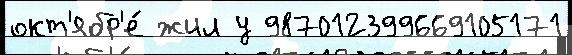
окт'ябр'е́ жил у 987012399669105171